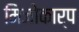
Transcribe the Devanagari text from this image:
मिजोकार्प